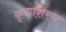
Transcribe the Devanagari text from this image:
कृष्णशरण